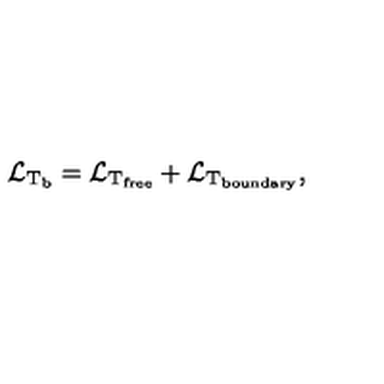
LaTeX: { \cal L } _ { \mathrm { T _ { \mathrm { b } } } } = { \cal L } _ { \mathrm { T _ { \mathrm { f r e e } } } } + { \cal L } _ { \mathrm { T _ { \mathrm { b o u n d a r y } } } } ,